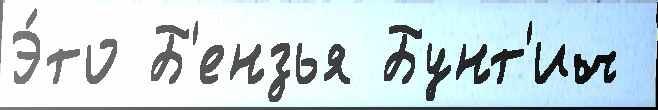
Э́то Б'ензья Бунт'ич